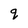
Character: q